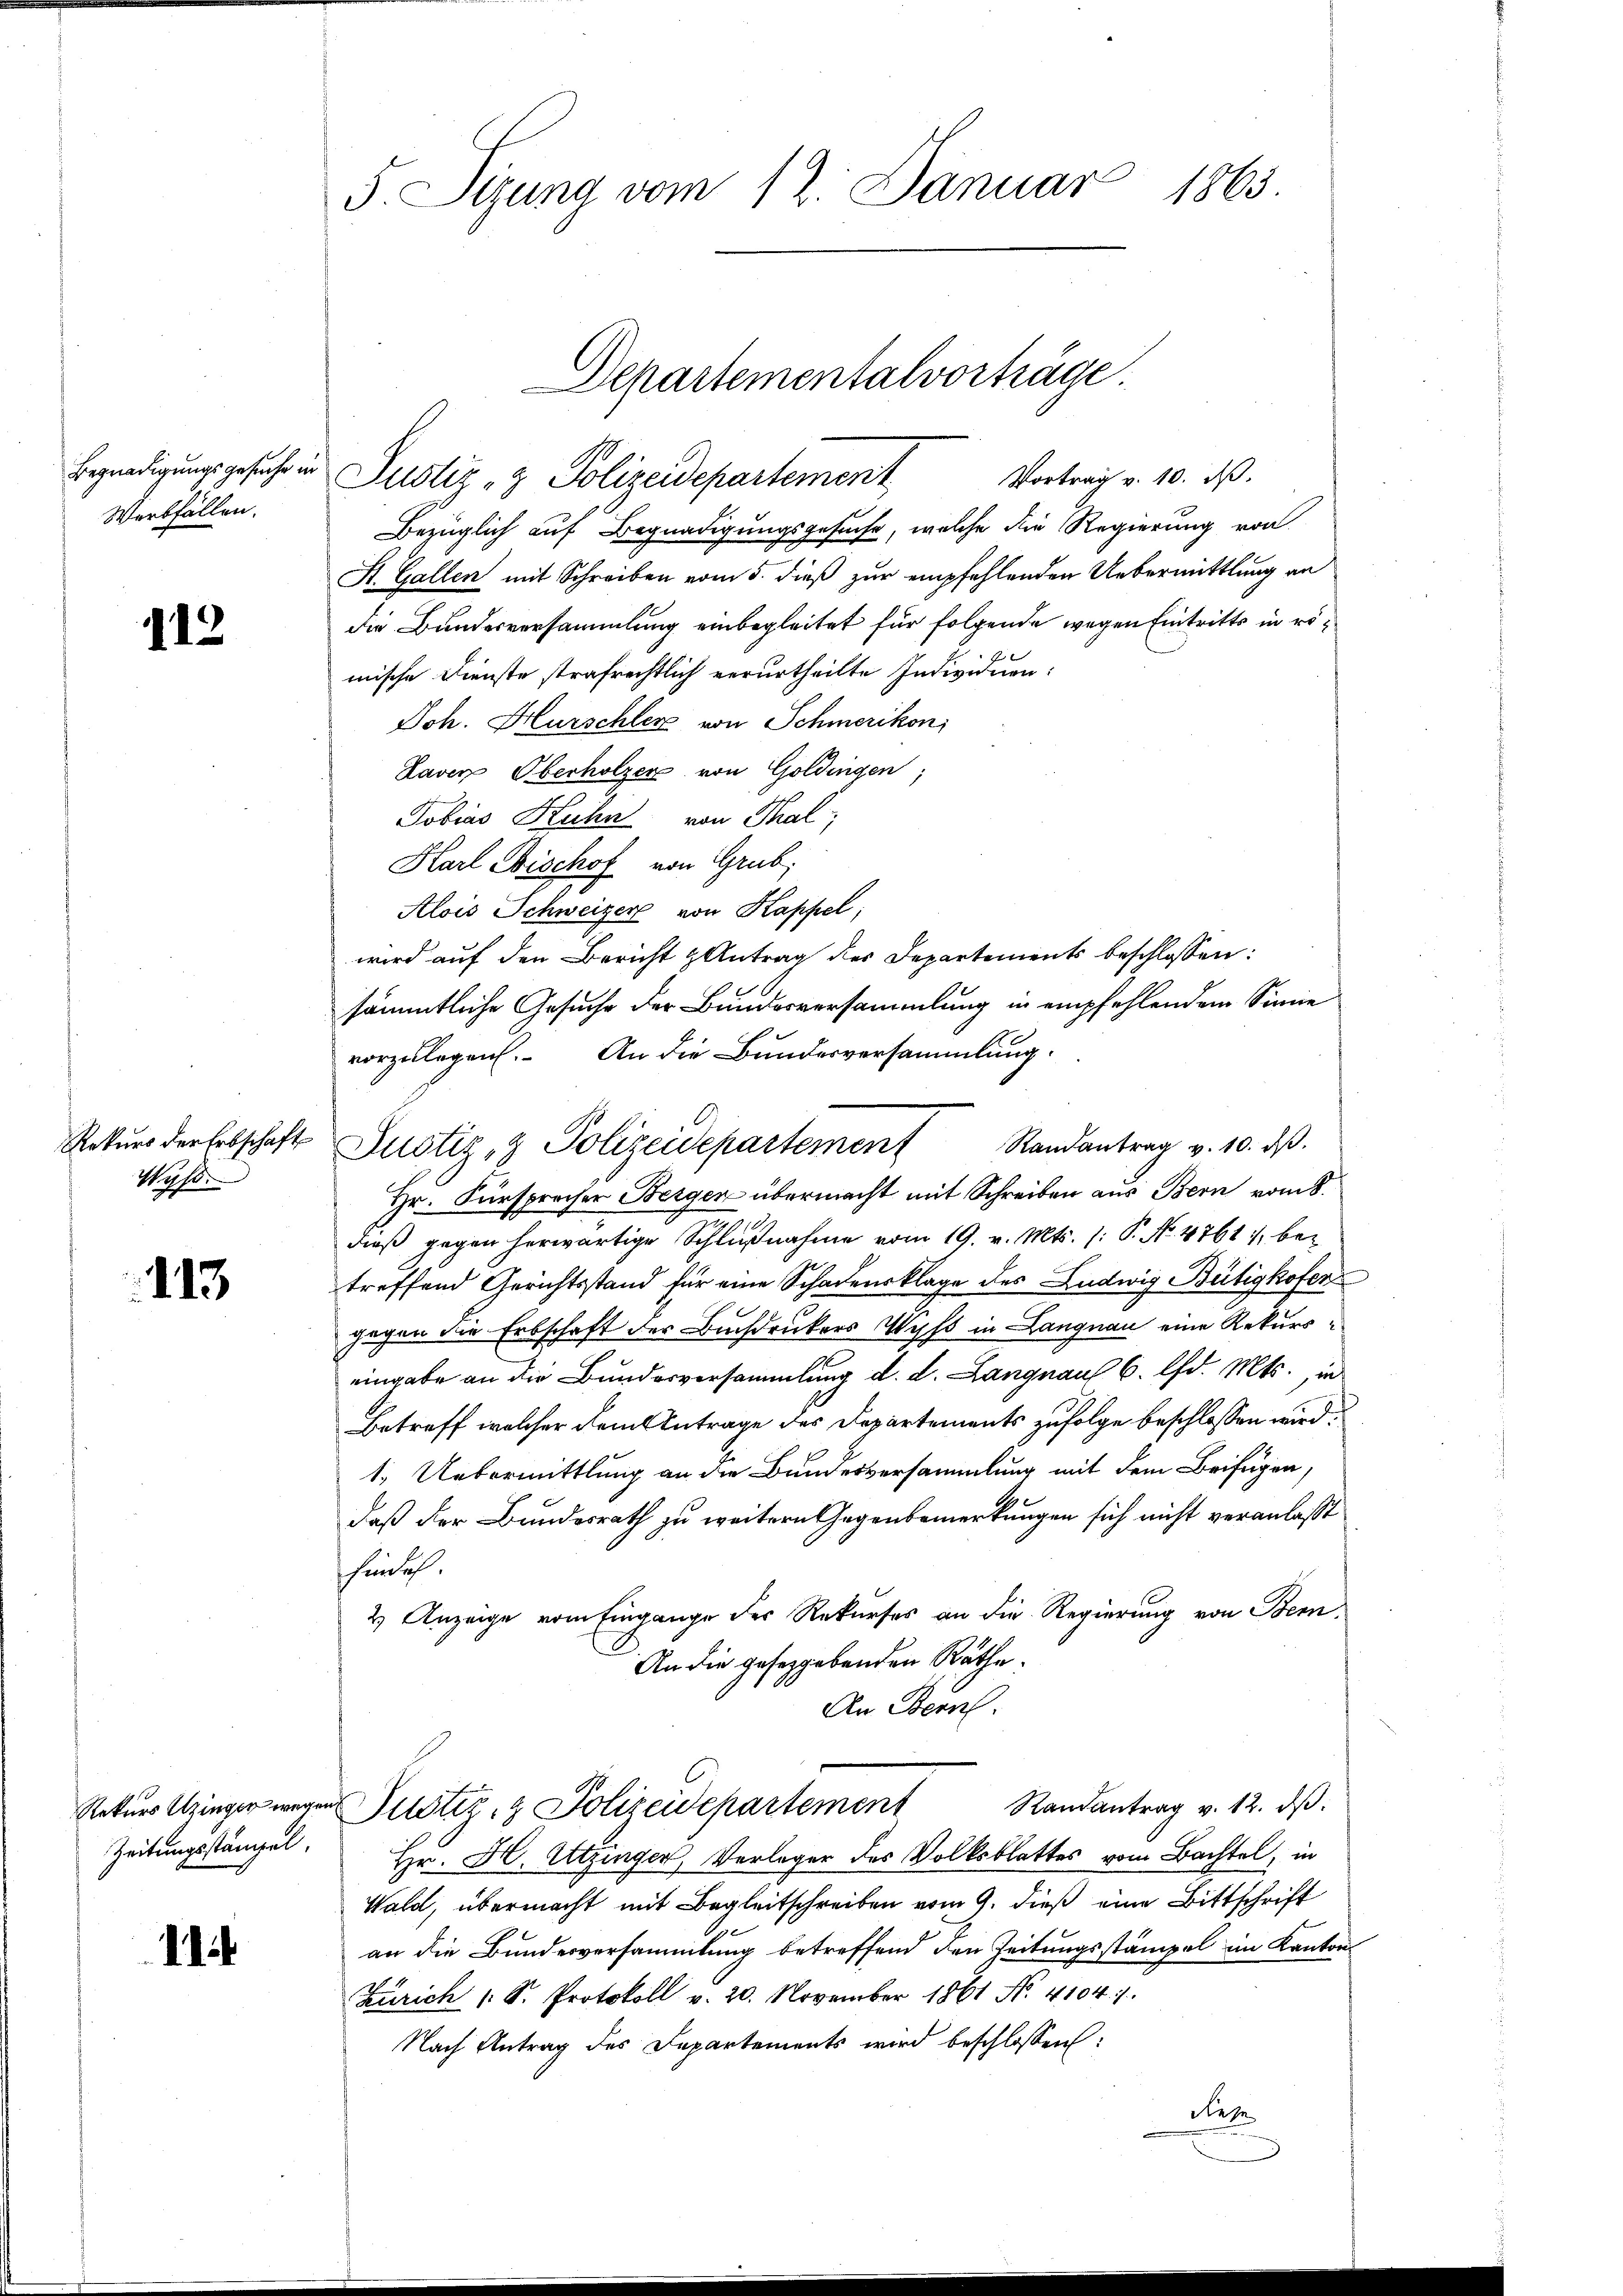
Begnadigungsgesuche u
Werbfällen.

112

Rekurs der Erbschaft
Mus

113

Rekurs Utzinger wege
Zeitungsstämpel.

11.

1863
5 Sizung vom 12. Januar

Bezüglich auf Begnadigungsgesuche, welche die Regierung von
St. Gallen mit Schreiben vom 5. dieß zur empfehlenden Uebermittlung an
die Bundesversammlung einbegleitet für folgende wegen Eintritts in römische Dienste strafrechtlich verurtheilte Individuen:
Joh. Hurschler von Schmerikon,
Laver Oberholzer von Goldingen
Tobias Kuhn von Thal;
Harl Bischof von Grub
Alois Schweizer von Kappel,
wird auf den Bericht & Antrag des Departements beschlossen:
sämmtliche Gesuche der Bundesversammlung in empfehlendem Sinne
vorzulegen. An die Bundesversammlung.
Hr. Fürsprecher Berger übermacht mit Schreiben aus Bern vom 8.
dieß gegen herwärtige Schlußnahme vom 19. v. Mts. (: P. No 4761, betreffend Gerichtsstand für eine Schadensklage des Ludwig Bütigkofen
gegen die Erbschaft der Buchdruckers Wyss in Langnau eine Rekurseingabe an die Bundesversammlung d. d. Langnau 6. d. Mts., in
Betreff welcher dem Antrage des Departements zufolge beschlossen wird.
1.) Uebermittlung an die Bundesversammlung mit dem Beifügen,
daß der Bundesrath zu weitern Gegenbemerkungen sich nicht veranlasst
hunlich.
2) Anzeige vom Eingange des Rekurses an die Regierung von Bem
An die gesetzgebenden Räthe.
An Bern.
 Dustiz- & Polizeidepartement Randantrag v. 12. dβ.
Hr. H. Utzinger, Vorleger des Volksblattes vom Bachtel, in
Wald, übermacht mit Begleitschreiben vom 9. dieß eine Bittschrift
an die Bundesversammlung betreffend den Zeitungsstämpel im Kanton
Zürich 1 S. Protokoll v. 20. November 1861 No. 4104. 1
Nach Antrag des Departements wird beschlossen:
diese

Departementalvorträge
Vortrag v. 10. d.
Justiz- & Polizeidepartement

Justiz & Polizeidepartement Randantrag v. 10. dβ.